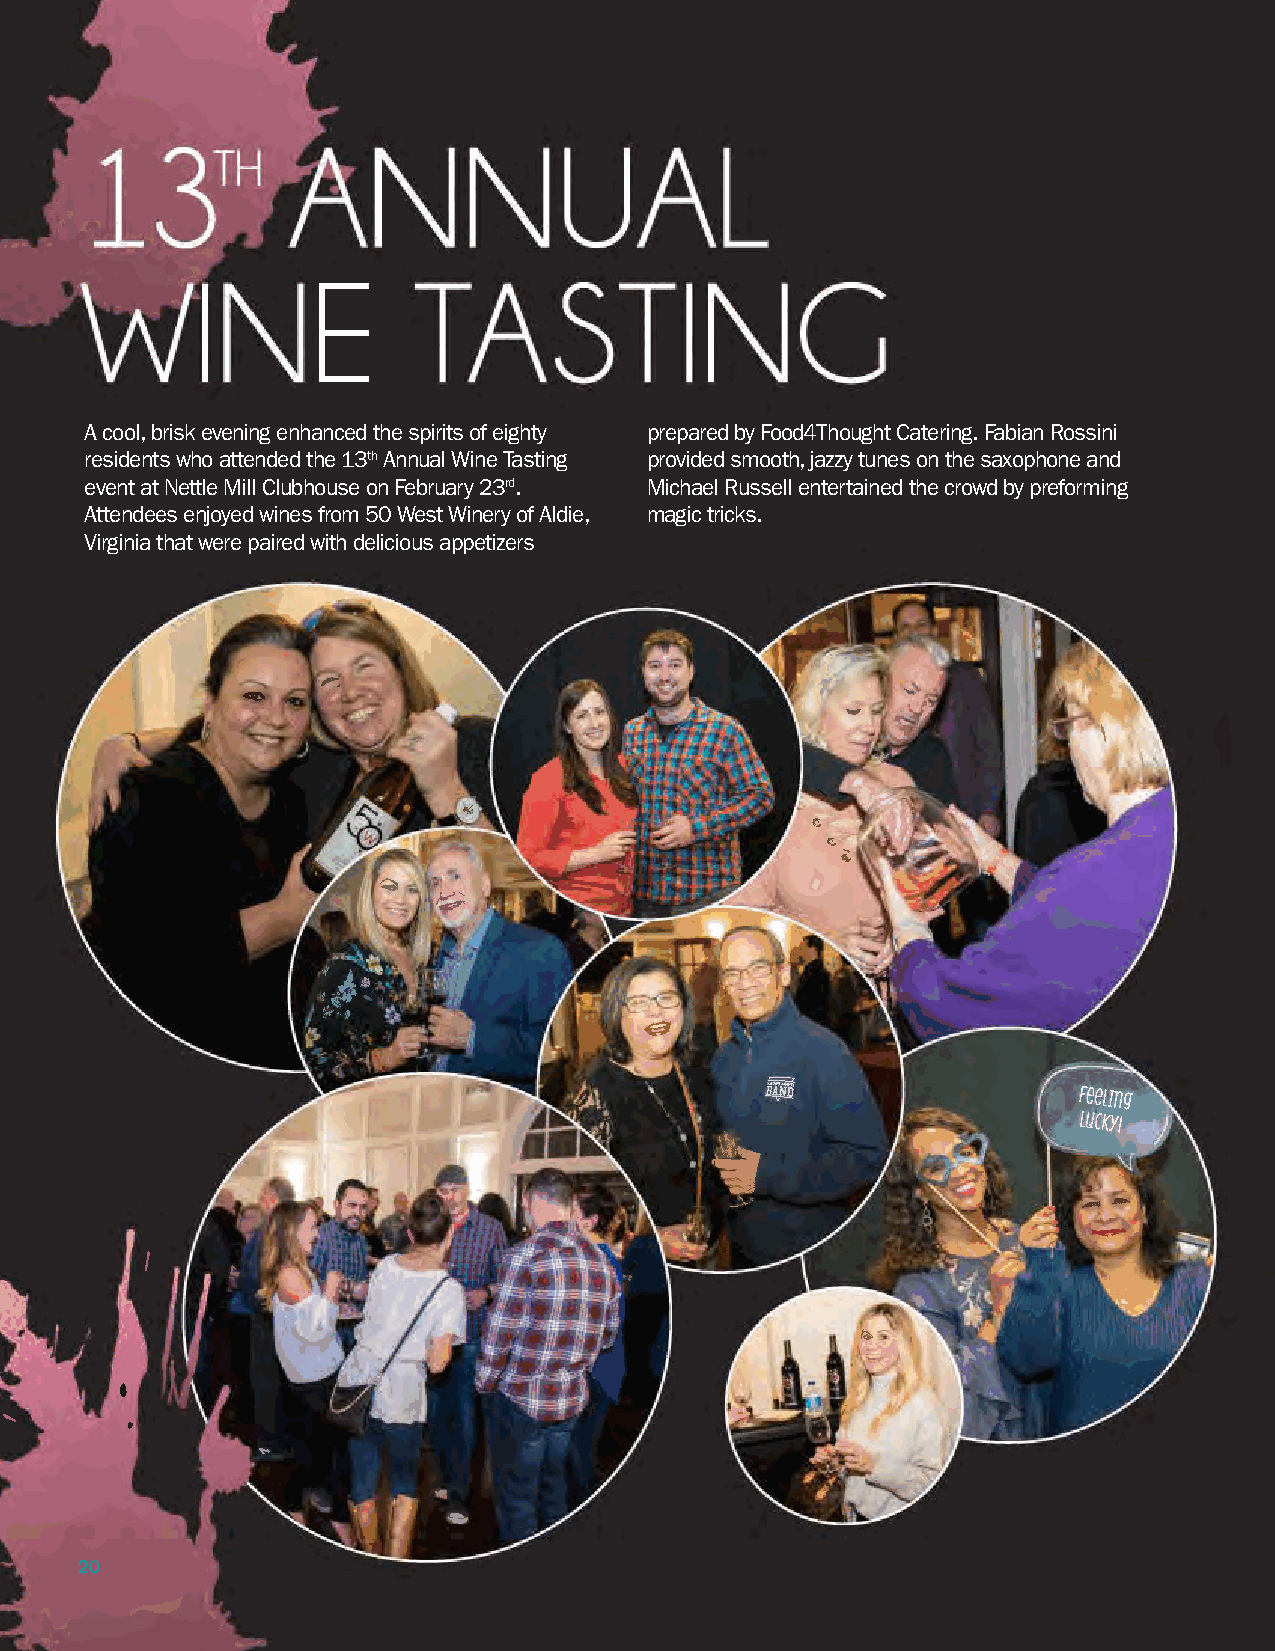
A cool, brisk evening enhanced the spirits of eighty prepared by Food4Thought Catering. Fabian Rossini
 residents who attended the 13th Annual Wine Tasting provided smooth, jazzy tunes on the saxophone and
 event at Nettle Mill Clubhouse on February 23rd. Michael Russell entertained the crowd by preforming
 Attendees enjoyed wines from 50 West Winery of Aldie, magic tricks.
 Virginia that were paired with delicious appetizers
 20